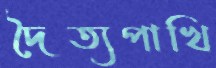
দৈত্যপাখি